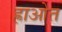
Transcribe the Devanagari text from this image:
ह्राओत